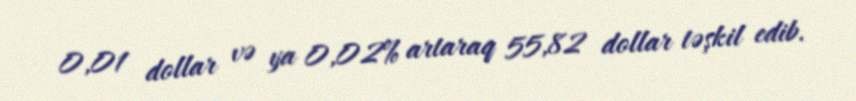
0,01 dollar və ya 0,02% artaraq 55,82 dollar təşkil edib.